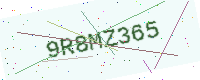
Text: 9R8MZ365